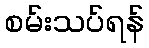
စမ်းသပ်ရန်